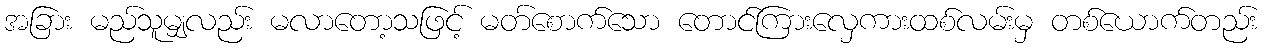
အခြား မည်သူမျှလည်း မလာတော့သဖြင့် မတ်စောက်သော တောင်ကြားလှေကားထစ်လမ်းမှ တစ်ယောက်တည်း